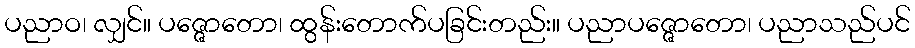
ပညာဝ၊ လျှင်။ ပဇ္ဇောတော၊ ထွန်းတောက်ပခြင်းတည်း။ ပညာပဇ္ဇောတော၊ ပညာသည်ပင်